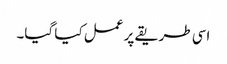
اسی طریقے پر عمل کیا گیا۔